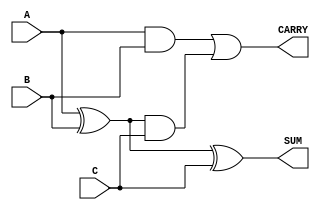
module dynamic_carry_save_adder #(
    parameter WIDTH = 8,  // Bit-width of the inputs
    parameter NUM_INPUTS = 3  // Number of inputs
)(
    input  wire [WIDTH-1:0] A,  // First input
    input  wire [WIDTH-1:0] B,  // Second input
    input  wire [WIDTH-1:0] C,  // Third input
    output wire [WIDTH-1:0] SUM, // Sum output
    output wire [WIDTH-1:0] CARRY // Carry output
);

    // Intermediate wires for carry and sum
    wire [WIDTH-1:0] sum_temp [0:NUM_INPUTS-1];
    wire [WIDTH-1:0] carry_temp [0:NUM_INPUTS-1];

    // Generate the initial sum and carry for each pair of inputs
    assign sum_temp[0] = A ^ B; // Initial sum of A and B
    assign carry_temp[0] = A & B; // Carry from A and B

    assign sum_temp[1] = sum_temp[0] ^ C; // Sum with C
    assign carry_temp[1] = carry_temp[0] | (sum_temp[0] & C); // Carry with C

    // Final sum and carry outputs
    assign SUM = sum_temp[1];
    assign CARRY = carry_temp[1];

endmodule